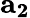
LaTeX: \mathbf{a_{2}}